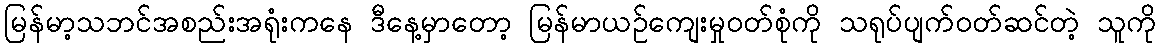
မြန်မာ့သဘင်အစည်းအရုံးကနေ ဒီနေ့မှာတော့ မြန်မာယဉ်ကျေးမှုဝတ်စုံကို သရုပ်ပျက်ဝတ်ဆင်တဲ့ သူကို